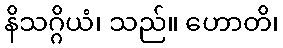
နိသဂ္ဂိယံ၊ သည်။ ဟောတိ၊